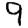
Digit: 9